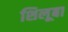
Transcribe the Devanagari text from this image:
शिलूबा